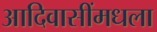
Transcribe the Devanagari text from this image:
आदिवासींमधला